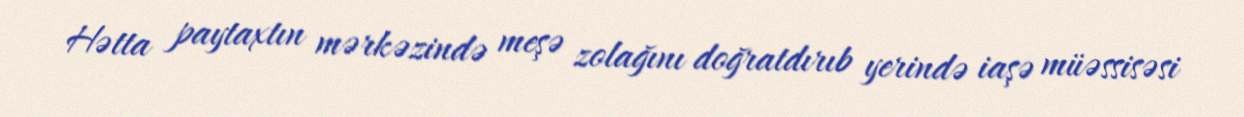
Hətta paytaxtın mərkəzində meşə zolağını doğratdırıb yerində iaşə müəssisəsi